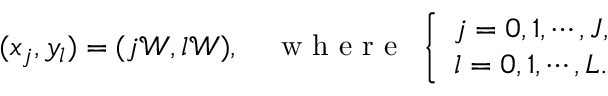
( x _ { j } , y _ { l } ) = ( j \mathcal { W } , l \mathcal { W } ) , \quad \textrm { w h e r e } ~ \left\{ \begin{array} { l l } { j = 0 , 1 , \cdots , J , } \\ { l = 0 , 1 , \cdots , L . } \end{array} \right.